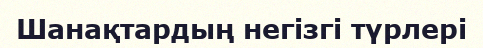
Шанақтардың негізгі түрлері